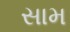
સામ